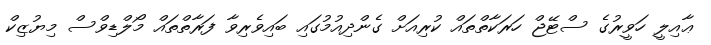
ޢާއިލީ ހަވީރުގެ ސްޓޭޖް ހަރަކާތްތައް ކުރިއަށް ގެންދިއުމުގައި ބައިވެރިވާ ފަރާތްތައް މޯލްޑިވްސް މިޔުޒިކް